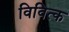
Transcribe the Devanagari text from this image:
विवित्क